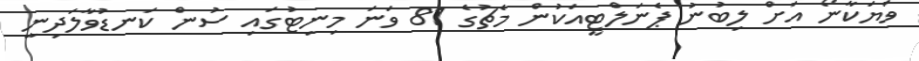
ވަޔަކާނޯ އަށް ލިބުނު ޕެނަލްޓީއަކުން މެޗުގެ 81 ވަނަ މިނިޓުގައި ސުން ކަނޑުވާލަދިނީ